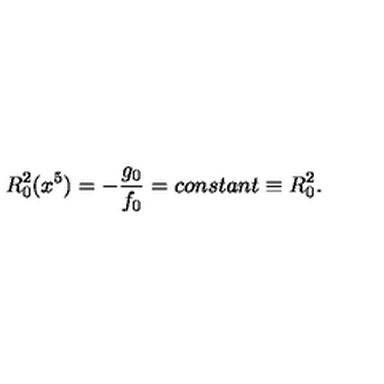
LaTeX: R _ { 0 } ^ { 2 } ( x ^ { 5 } ) = - \frac { g _ { 0 } } { f _ { 0 } } = c o n s t a n t \equiv R _ { 0 } ^ { 2 } .